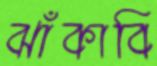
ঝাঁকাবি